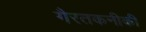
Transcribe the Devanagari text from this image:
गैरतकनीकी